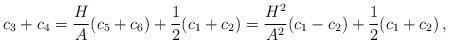
LaTeX: \begin{align*} c_3+c_4= \frac{H}{A}(c_5+c_6)+\frac{1}{2}(c_1+c_2)= \frac{H^2}{A^2} (c_1-c_2)+\frac{1}{2}(c_1+c_2)\,,\end{align*}